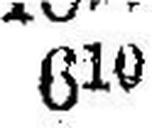
610